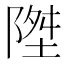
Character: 𱀧